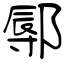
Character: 鄏